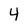
Character: 4